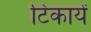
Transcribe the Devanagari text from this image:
टिकायें